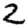
Digit: 2